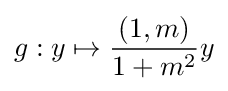
g:y\mapsto {\frac {(1,m)}{1+m^{2}}}y